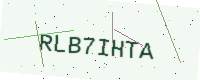
Text: RLB7IHTA